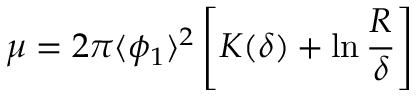
\mu = 2 \pi \langle \phi _ { 1 } \rangle ^ { 2 } \left[ K ( \delta ) + \ln { \frac { R } { \delta } } \right]